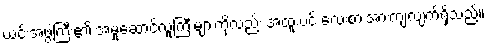
ယင်းအဖွဲ့ကြီး၏ အမှုဆောင်လူကြီးများကိုလည်း အထူးပင် လေးစားအားကျလျက်ရှိသည်။